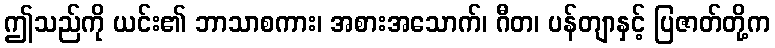
ဤသည်ကို ယင်း၏ ဘာသာစကား၊ အစားအသောက်၊ ဂီတ၊ ပန်တျာနှင့် ပြဇာတ်တို့က